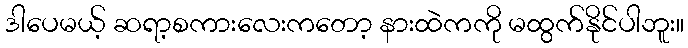
ဒါပေမယ့် ဆရာ့စကားလေးကတော့ နားထဲကကို မထွက်နိုင်ပါဘူး။